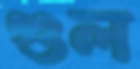
গুল